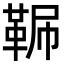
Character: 𩊧